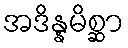
အဒိန္နမိစ္ဆာ